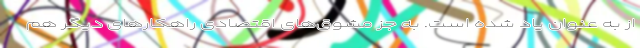
از به عنوان یاد شده است. به جز مشوق‌های اقتصادی راهکارهای دیگر هم